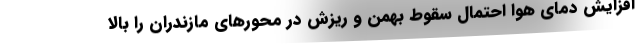
افزایش دمای هوا احتمال سقوط بهمن و ریزش در محورهای مازندران را بالا